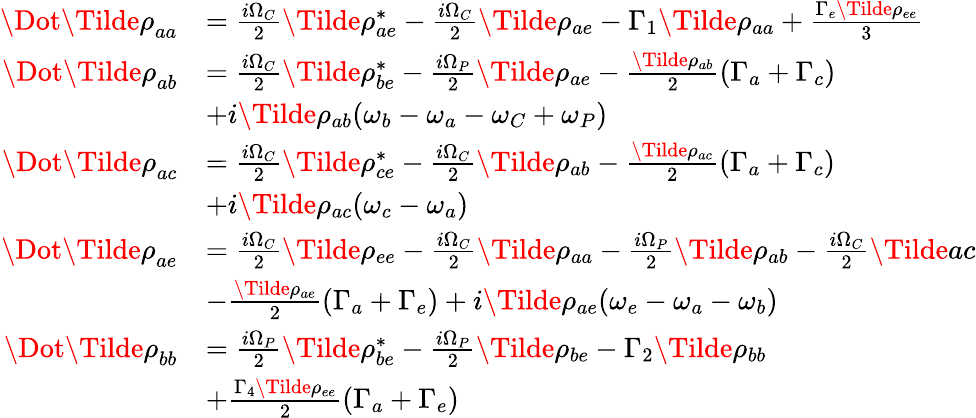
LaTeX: \begin{array}{rl}{\Dot{\Tilde{\rho}}_{aa}}&{=\frac{i\Omega_{C}}{2}\Tilde{\rho}_{ae}^{*}-\frac{i\Omega_{C}}{2}\Tilde{\rho}_{ae}-\Gamma_{1}\Tilde{\rho}_{aa}+\frac{\Gamma_{e}\Tilde{\rho}_{ee}}{3}}\\ {\Dot{\Tilde{\rho}}_{ab}}&{=\frac{i\Omega_{C}}{2}\Tilde{\rho}_{be}^{*}-\frac{i\Omega_{P}}{2}\Tilde{\rho}_{ae}-\frac{\Tilde{\rho}_{ab}}{2}(\Gamma_{a}+\Gamma_{c})}\\ &{+i\Tilde{\rho}_{ab}(\omega_{b}-\omega_{a}-\omega_{C}+\omega_{P})}\\ {\Dot{\Tilde{\rho}}_{ac}}&{=\frac{i\Omega_{C}}{2}\Tilde{\rho}_{ce}^{*}-\frac{i\Omega_{C}}{2}\Tilde{\rho}_{ab}-\frac{\Tilde{\rho}_{ac}}{2}(\Gamma_{a}+\Gamma_{c})}\\ &{+i\Tilde{\rho}_{ac}(\omega_{c}-\omega_{a})}\\ {\Dot{\Tilde{\rho}}_{ae}}&{=\frac{i\Omega_{C}}{2}\Tilde{\rho}_{ee}-\frac{i\Omega_{C}}{2}\Tilde{\rho}_{aa}-\frac{i\Omega_{P}}{2}\Tilde{\rho}_{ab}-\frac{i\Omega_{C}}{2}\Tilde{ac}}\\ &{-\frac{\Tilde{\rho}_{ae}}{2}(\Gamma_{a}+\Gamma_{e})+i\Tilde{\rho}_{ae}(\omega_{e}-\omega_{a}-\omega_{b})}\\ {\Dot{\Tilde{\rho}}_{bb}}&{=\frac{i\Omega_{P}}{2}\Tilde{\rho}_{be}^{*}-\frac{i\Omega_{P}}{2}\Tilde{\rho}_{be}-\Gamma_{2}\Tilde{\rho}_{bb}}\\ &{+\frac{\Gamma_{4}\Tilde{\rho}_{ee}}{2}(\Gamma_{a}+\Gamma_{e})}\end{array}